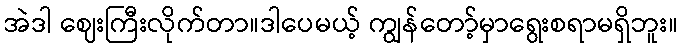
အဲဒါ ဈေးကြီးလိုက်တာ။ဒါပေမယ့် ကျွန်တော့်မှာရွေးစရာမရှိဘူး။